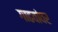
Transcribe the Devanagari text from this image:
गाढवांवर